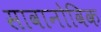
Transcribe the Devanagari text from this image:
सावानोविक